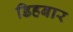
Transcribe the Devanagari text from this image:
डिहबार